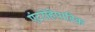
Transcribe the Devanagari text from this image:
एंटरोहेपाटिक